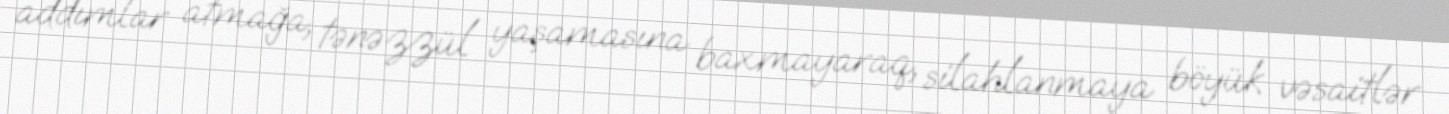
addımlar atmağa, tənəzzül yaşamasına baxmayaraq, silahlanmaya böyük vəsaitlər